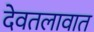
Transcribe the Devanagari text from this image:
देवतलावात